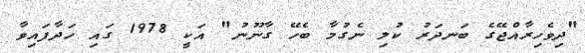
"ދިވެހިރާއްޖޭގެ ބަނދަރު ކުލި ނެގުމާ ބެހޭ ގާނޫނު" އަކީ 1978 ގައި ހަދާފައިވާ